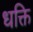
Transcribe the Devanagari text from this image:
धक्ति